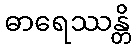
ဓာရေဿန္တိ